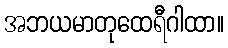
အဘယမာတုထေရီဂါထာ။